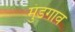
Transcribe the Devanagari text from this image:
मुंडगाव